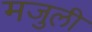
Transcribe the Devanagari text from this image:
मजुली